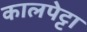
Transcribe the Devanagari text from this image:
कालपेट्टा